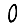
Digit: 0